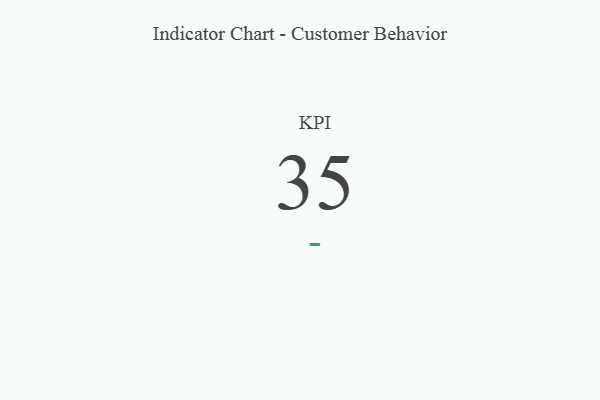
{"axis": {"x": "KPI", "y": "Value"}, "legend": [""], "data": [{"x": "KPI", "y": 35, "type": ""}]}